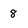
Character: 8